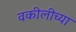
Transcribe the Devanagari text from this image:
वकीलीच्या